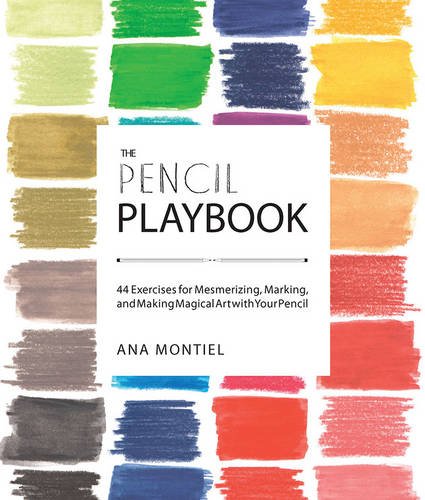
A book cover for The Pencil Playbook: 44 Exercises for Mesmerizing, Marking, and Making Magical Art with Your Pencil; Ana Montiel; Arts & Photography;